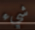
شيء